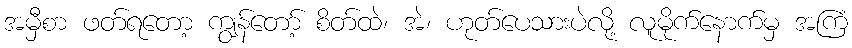
အမှီစာ ဖတ်ရတော့ ကျွန်တော့် စိတ်ထဲ၊ အဲ၊ ဟုတ်ပေသားပဲလို့ လူမိုက်နောက်မှ အကြံ